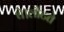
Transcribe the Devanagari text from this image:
थे।लौटते